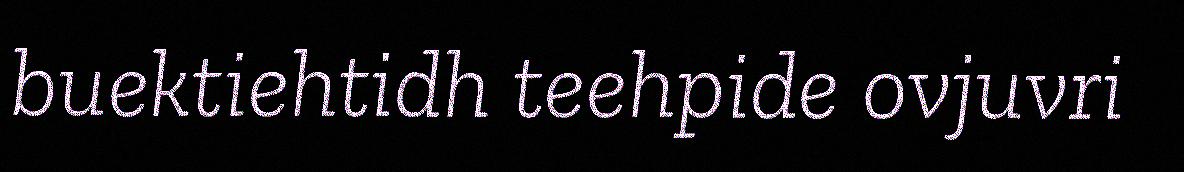
buektiehtidh teehpide ovjuvri